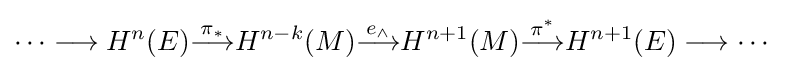
\cdots \longrightarrow H^{n}(E){\stackrel {\pi _{*}}{\longrightarrow }}H^{n-k}(M){\stackrel {e_{\wedge }}{\longrightarrow }}H^{n+1}(M){\stackrel {\pi ^{*}}{\longrightarrow }}H^{n+1}(E)\longrightarrow \cdots